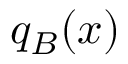
q _ { B } ( x )